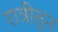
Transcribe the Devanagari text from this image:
रात्रीतुन